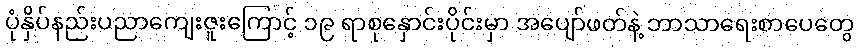
ပုံနှိပ်နည်းပညာကျေးဇူးကြောင့် ၁၉ ရာစုနှောင်းပိုင်းမှာ အပျော်ဖတ်နဲ့ ဘာသာရေးစာပေတွေ